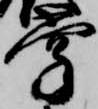
掌